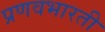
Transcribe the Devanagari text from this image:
प्रणवभारती